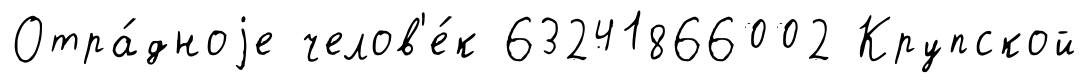
Отра́дноjе челов'е́к 63241866002 Крупской